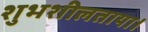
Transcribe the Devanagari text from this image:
शुभशीलताया।